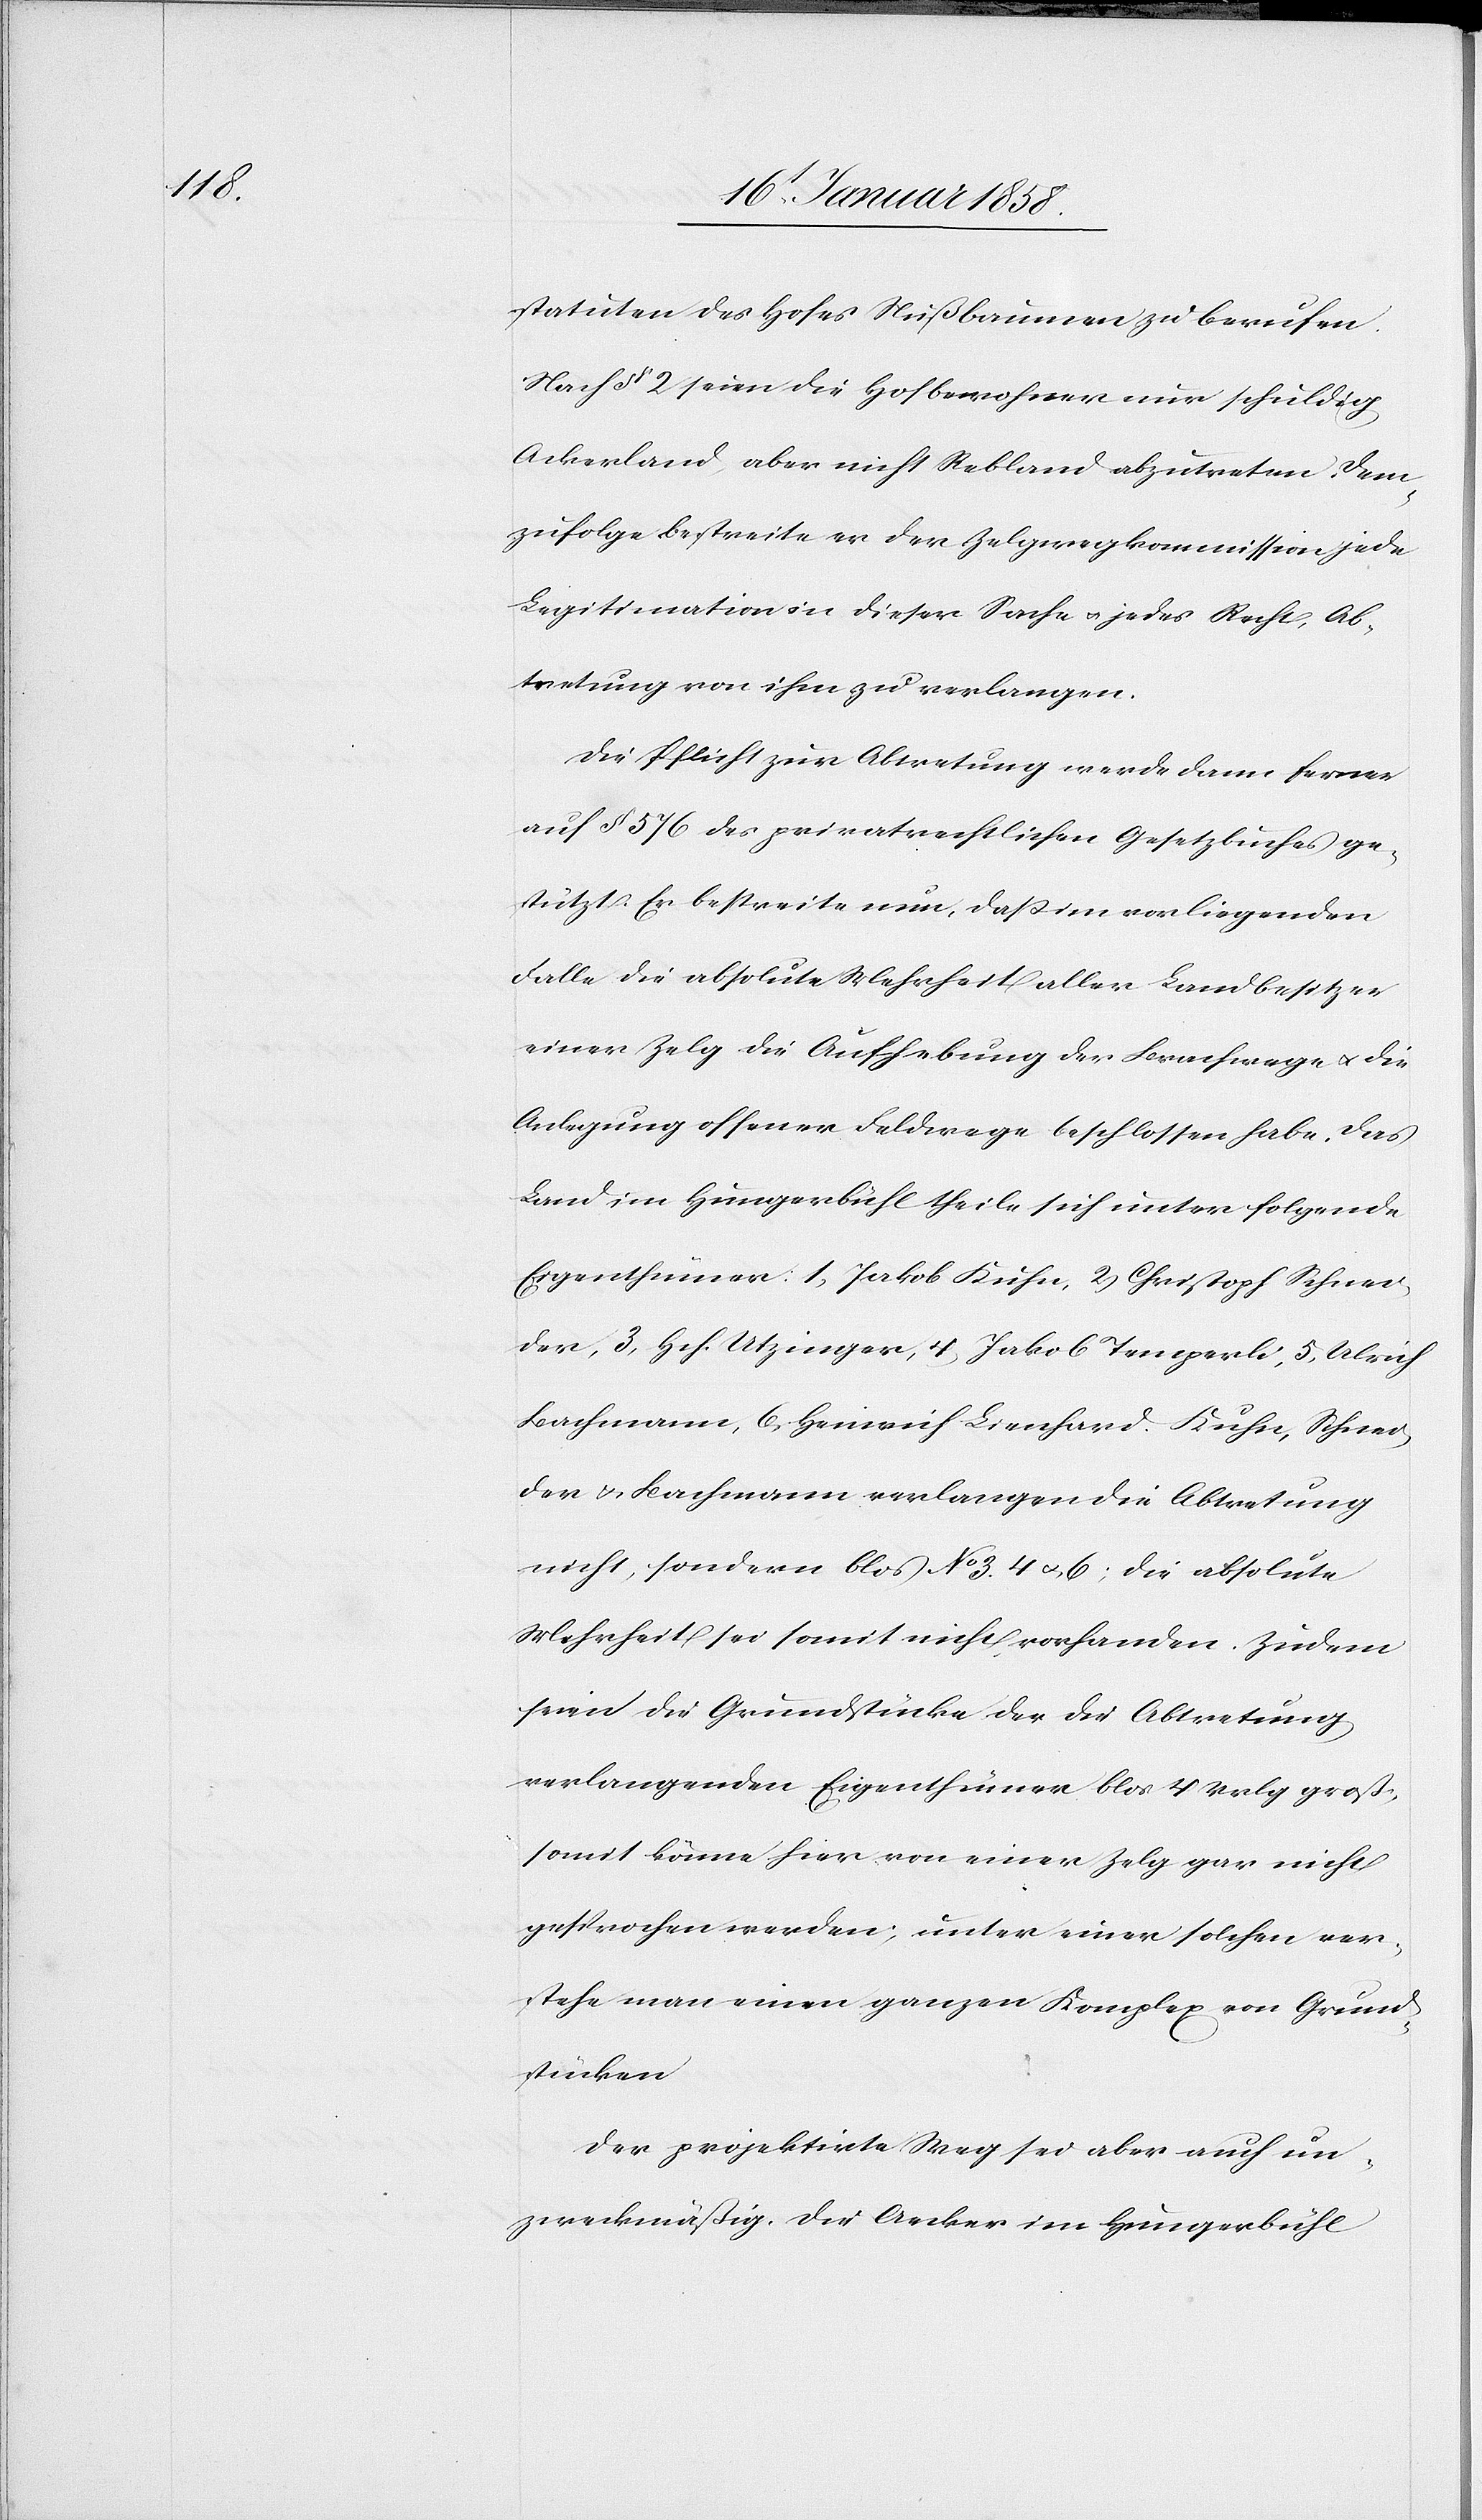
statuten des Hofes Nußbaumen zu berufen.
Nach § 21 seien die Hofbewohner nur schuldig
Ackerland, aber nicht Rebland abzutreten. Dem¬
zufolge bestreite er der Zelgwegkommission jede
Legitimation in dieser Sache u. jedes Recht, Ab¬
tretung von ihm zu verlangen.
Die Pflicht zur Abtretung werde dann ferner
auf § 576 des privatrechtlichen Gesetzbuches ge¬
stützt. Er bestreite nun, daß im vorliegenden
Falle die absolute Mehrheit aller Landbesitzer
einer Zelg die Aufhebung der Brachwege u. die
Anlegung offener Feldwege beschlossen habe. Das
Land im Hungerbühl theile sich unter folgende
Eigenthümer: 1. Jakob Kuhn, 2. Christoph Schnei¬
der, 3. Hch. Utzinger, 4. Jakob Temperli, 5. Ulrich
Bachmann, 6. Heinrich Lienhard. Kuhn, Schnei¬
der u. Bachmann verlangen die Abtretung
nicht, sondern blos No 3. 4 u. 6; die absolute
Mehrheit sei somit nicht vorhanden. Zudem
seien die Grundstücke der die Abtretung
verlangenden Eigenthümer blos 4 Vrlg. groß,
somit könne hier von einer Zelg gar nicht
gesprochen werden, unter einer solchen ver¬
stehe man einen ganzen Komplex von Grund¬
stücken.
Der projektirte Weg sei aber auch un¬
zweckmäßig. Die Aecker im Hungerbühl